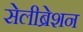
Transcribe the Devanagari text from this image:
सेलीब्रेशन